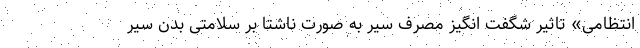
انتظامی» تاثیر شگفت انگیز مصرف سیر به صورت ناشتا بر سلامتی بدن سیر